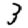
Digit: 3